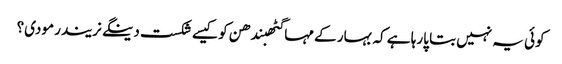
کوئی یہ نہیں بتا پارہا ہے کہ بہار کے مہاگٹھبندھن کو کیسے شکست دینگے نریندر مودی؟